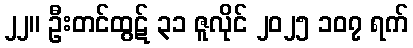
၂၂။ ဦးတင်ထွဋ် ၃၁ ဇူလိုင် ၂၀၂၅ ၁၀၇ ရက်